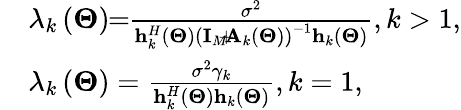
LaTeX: \begin{array}{rl}&{{\lambda_{k}}\left({{\mathbf{\Theta}}}\right)\! \! =\! \! \frac{{{\sigma^{2}}}}{{{\mathbf{h}}_{k}^{H}\left({\mathbf{\Theta}}\right){{\left({{{\mathbf{I}}_{M}}\! \! +\! \! {{\mathbf{A}}_{k}}\left({{\mathbf{\Theta}}}\right)}\right)}^{-1}}{{\mathbf{h}}_{k}}\left({\mathbf{\Theta}}\right)}},k>1,}\\ &{{\lambda_{k}}\left({{\mathbf{\Theta}}}\right)=\frac{{{\sigma^{2}}{\gamma_{k}}}}{{{\mathbf{h}}_{k}^{H}\left({\mathbf{\Theta}}\right){{\mathbf{h}}_{k}}\left({\mathbf{\Theta}}\right)}},k=1,}\end{array}